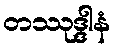
တဿုဒ္ဒါနံ